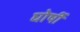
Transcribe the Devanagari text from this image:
घोर्षी